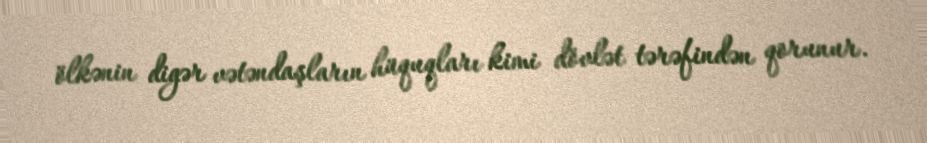
ölkənin digər vətəndaşların hüquqları kimi dövlət tərəfindən qorunur.